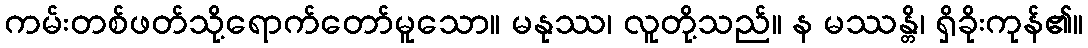
ကမ်းတစ်ဖတ်သို့ရောက်တော်မူသော။ မနုဿ၊ လူတို့သည်။ န မဿန္တိ၊ ရှိခိုးကုန်၏။